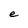
Character: e